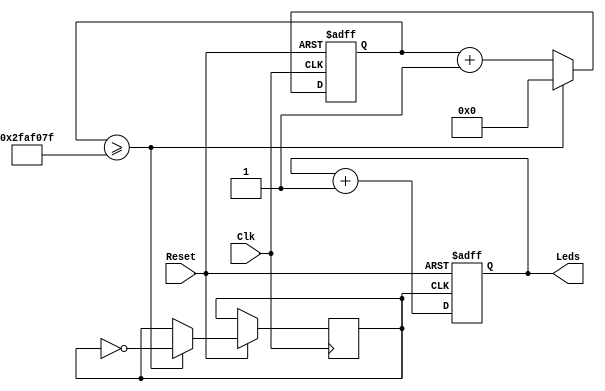
// *****************************************************************************************************************
//
//
// Owner       : Chalandi Amine
//
// FPGA board  : AlchitryAu+
//
// Device      : Xilinx Artix-7 XC7A100T FPGA
//
//
// Description : LED driver IP implementation
//
// *****************************************************************************************************************

module blinky(Reset, Clk, Leds);

    input Reset;
    input Clk;
    output reg [7:0] Leds;

    reg [31:0] counter = 0;

    reg       InternalClock = 0;

    /* list of parameters */
    parameter FreqDivider = 4999_9999;


    initial begin
        Leds <= {8'h0};
    end

    /* endless loop */
    always @(posedge Clk or negedge Reset)
    begin
        if(!Reset)
            counter <= 0;

        else if(counter >= FreqDivider) begin
            counter <= 0;
            InternalClock <= ~InternalClock;
            end
        else
            counter <= counter + 32'h1;
    end

    /* Counter */
    always @(posedge InternalClock or negedge Reset)
    begin
        if(!Reset)
            Leds <= 0;
        else
            Leds <= Leds + 8'h1;
    end

endmodule